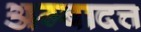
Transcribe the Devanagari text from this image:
अम्बादत्त